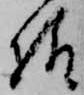
様